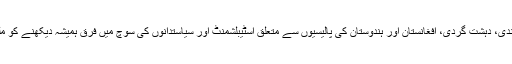
انتہاپسندی، دہشت گردی، افغانستان اور ہندوستان کی پالیسیوں سے متعلق اسٹیبلشمنٹ اور سیاستدانوں کی سوچ میں فرق ہمیشہ دیکھنے کو ملتا ہے۔